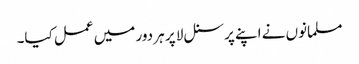
مسلمانوں نے اپنے پرسنل لا پر ہر دور میں عمل کیا۔